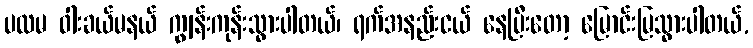
ပထမ ဝါးခယ်မနယ် ကျွန်းကုန်းသွားပါတယ်၊ ရက်အနည်းငယ် နေပြီးတော့ မြောင်းမြသွားပါတယ်,